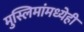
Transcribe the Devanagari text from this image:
मुस्लिमांमध्येही